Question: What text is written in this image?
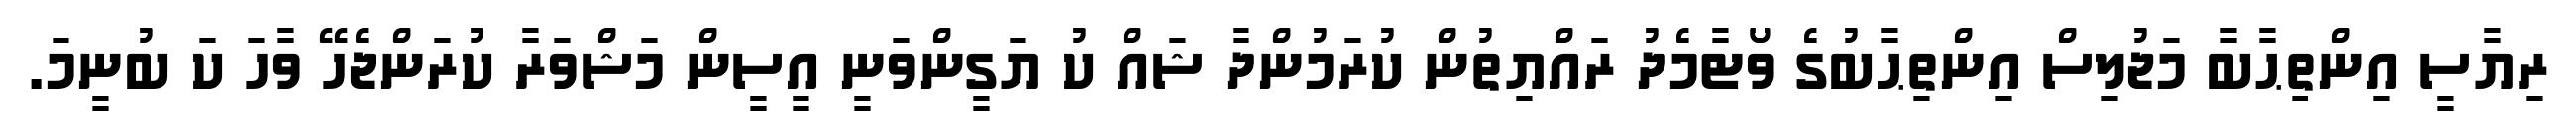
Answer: ރިޔާސީ އިންތިޙާބާ މަޖުލިސް އިންތިޙާބުގެ ވޯޓާމެދު ރައްޔިތުން ކުރަމުންދާ ޝައް ކު ޔަގީންވަނީ އީސީން މަޝްވަރާ ކުރަންޖެހޭ ވާހަ ކަ ބުނީމަ.